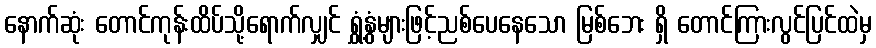
နောက်ဆုံး တောင်ကုန်းထိပ်သို့ရောက်လျှင် ရွှံ့နွံများဖြင့်ညစ်ပေနေသော မြစ်ဘေး ရှိ တောင်ကြားလွင်ပြင်ထဲမှ